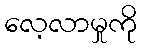
လေ့လာမှုကို